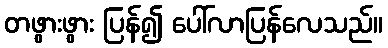
တဖွားဖွား ပြန်၍ ပေါ်လာပြန်လေသည်။